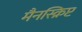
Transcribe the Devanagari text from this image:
मैनस्क्रिप्ट